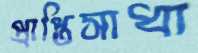
প্রাপ্তিসাধ্য